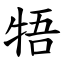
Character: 牾